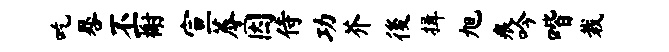
吃晷丕榭宣蓐因侍功芥後揖旭痕吟喈栽